Indian journal of veterinary science and animal husbandry - Volume 7,
Year: 1937
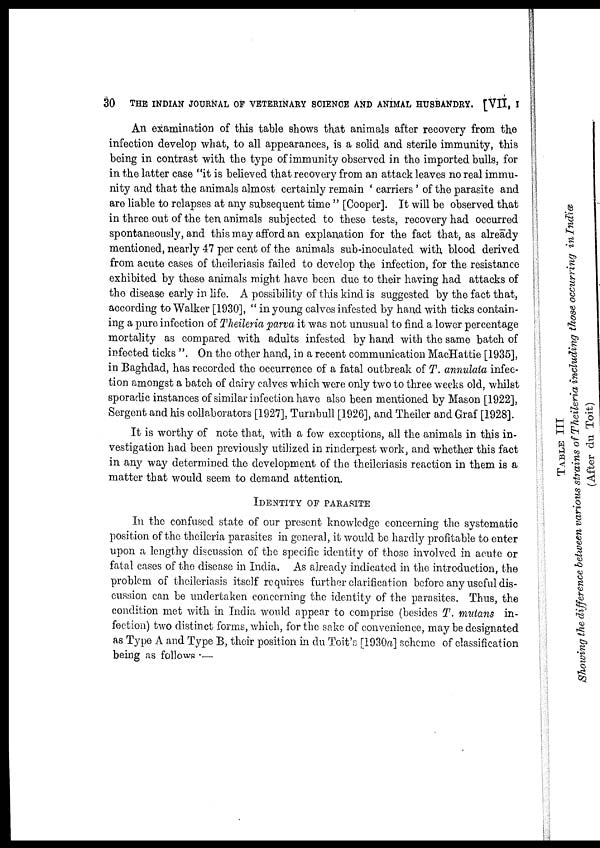
30
THE INDIAN JOURNAL OF VETERINARY SCIENCE AND ANIMAL HUSBANDRY. [VII, I
An examination of this table shows that animals after recovery from the
infection develop what, to all appearances, is a solid and sterile immunity, this
being in contrast with the type of immunity observed in the imported bulls, for
in the latter case "it is believed that recovery from an attack leaves no real immu-
nity and that the animals almost certainly remain ' carriers ' of the parasite and
are liable to relapses at any subsequent time " [Cooper]. It will be observed that
in three out of the ten animals subjected to these tests, recovery had occurred
spontaneously, and this may afford an explanation for the fact that, as already
mentioned, nearly 47 per cent of the animals sub-inoculated with blood derived
from acute cases of theileriasis failed to develop the infection, for the resistance
exhibited by these animals might have been due to their having had attacks of
the disease early in life. A possibility of this kind is suggested by the fact that,
according to Walker [1930], " in young calves infested by hand with ticks contain-
ing a pure infection of Theileria parva it was not unusual to find a lower percentage
mortality as compared with adults infested by hand with the same batch of
infected ticks ". On the other hand, in a recent communication MacHattie [1935],
in Baghdad, has recorded the occurrence of a fatal outbreak of T. annulata infec-
tion amongst a batch of dairy calves which were only two to three weeks old, whilst
sporadic instances of similar infection have also been mentioned by Mason [1922],
Sergent and his collaborators [1927], Turnbull [1926], and Theiler and Graf [1928].
It is worthy of note that, with a few exceptions, all the animals in this in-
vestigation had been previously utilized in rinderpest work, and whether this fact
in any way determined the development of the theileriasis reaction in them is a
matter that would seem to demand attention.
IDENTITY OF PARASITE
In the confused state of our present knowledge concerning the systematic
position of the theileria parasites in general, it would be hardly profitable to enter
upon a lengthy discussion of the specific identity of those involved in acute or
fatal cases of the disease in India. As already indicated in the introduction, the
problem of theileriasis itself requires further clarification before any useful dis-
cussion can be undertaken concerning the identity of the parasites. Thus, the
condition met with in India would appear to comprise (besides T. mutans in-
fection) two distinct forms, which, for the sake of convenience, may be designated
as Type A and Type B, their position in du Toit's [1930a] scheme of classification
being as follows :–